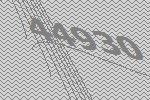
44930